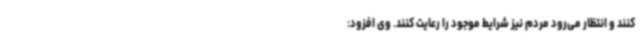
کنند و انتظار می‌رود مردم نیز شرایط موجود را رعایت کنند. وی افزود: